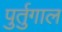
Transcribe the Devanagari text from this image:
पुर्तुगाल